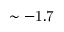
\mathrm { \sim - 1 . 7 }